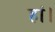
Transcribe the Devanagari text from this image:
हां।